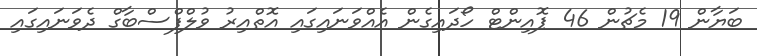
ބަޔާން 19 މެޗުން 46 ޕޮއިންޓް ހޯދައިގެން އެއްވަނައިގައި އޮތްއިރު ވުލްފްސްބާގް ދެވަނައިގައި